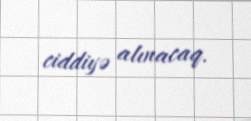
ciddiyə alınacaq.